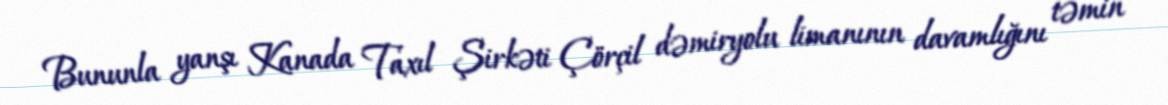
Bununla yanşı Kanada Taxıl Şirkəti Çörçil dəmiryolu limanının davamlığını təmin